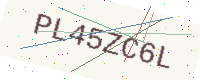
Text: PL45ZC6L